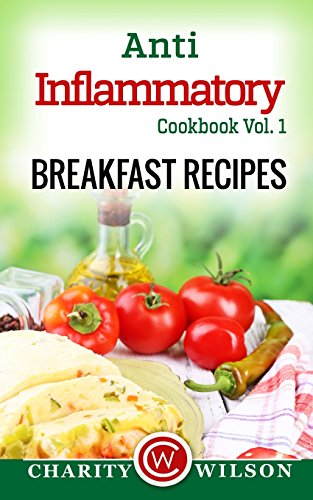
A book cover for Anti-Inflammatory Cookbook Vol. 1 Breakfast Recipes; Charity Wilson; Cookbooks, Food & Wine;